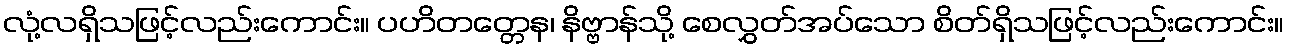
လုံ့လရှိသဖြင့်လည်းကောင်း။ ပဟိတတ္တေန၊ နိဗ္ဗာန်သို့ စေလွှတ်အပ်သော စိတ်ရှိသဖြင့်လည်းကောင်း။